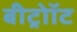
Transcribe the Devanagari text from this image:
बीट्रोॉट